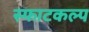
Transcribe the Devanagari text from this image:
स्फाटकल्प